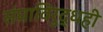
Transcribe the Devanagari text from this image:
संघाविरुद्धही